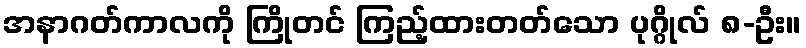
အနာဂတ်ကာလကို ကြိုတင် ကြည့်ထားတတ်သော ပုဂ္ဂိုလ် ၈-ဦး။